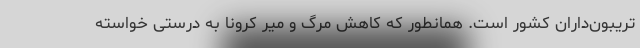
تریبون‌داران کشور است. همانطور که کاهش مرگ و میر کرونا به درستی خواسته